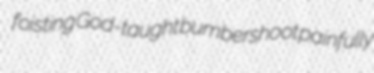
foisting God-taught bumbershoot painfully